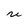
Character: U